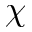
\chi